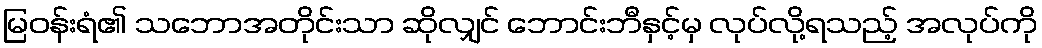
မြဝန်းရံ၏ သဘောအတိုင်းသာ ဆိုလျှင် ဘောင်းဘီနှင့်မှ လုပ်လို့ရသည့် အလုပ်ကို